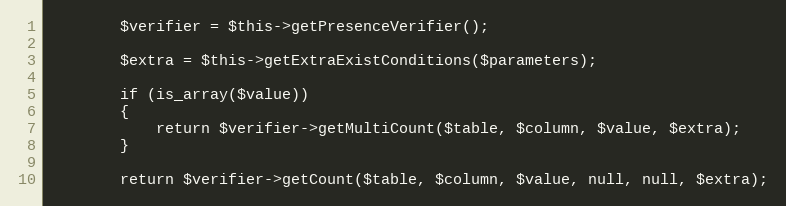
Language: PHP
		$verifier = $this->getPresenceVerifier();

		$extra = $this->getExtraExistConditions($parameters);

		if (is_array($value))
		{
			return $verifier->getMultiCount($table, $column, $value, $extra);
		}

		return $verifier->getCount($table, $column, $value, null, null, $extra);